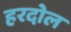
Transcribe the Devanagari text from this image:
हरदोल